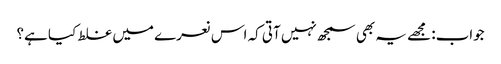
جواب: مجھے یہ بھی سمجھ نہیں آتی کہ اس نعرے میں غلط کیا ہے؟